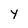
Character: Y